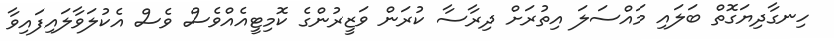
ހިނގާދިޔަގޮތް ބަލައި މައްސަލަ އިތުރަށް ދިރާސާ ކުރަން ވަޒީރުންގެ ކޮމިޓީއެއްވެސް ވެސް އެކުލަވާލައިފައިވާ